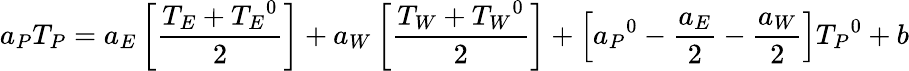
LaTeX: a_{P}T_{P}=a_{E}\left[{\frac{T_{E}+{T_{E}}^{0}}{2}}\right]+a_{W}\left[{\frac{T_{W}+{T_{W}}^{0}}{2}}\right]+\left[{a_{P}}^{0}-{\frac{a_{E}}{2}}-{\frac{a_{W}}{2}}\right]{T_{P}}^{0}+b